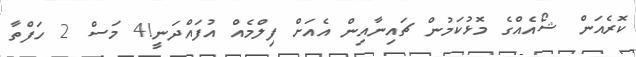
ކޮރެއަން ޝޯއެއްގެ މޮޅުކަމުން ޗައިނާއިން އެއަށް ފިލްމެއް އުފައްދަނީ!4 މަސް 2 ހަފްތާ